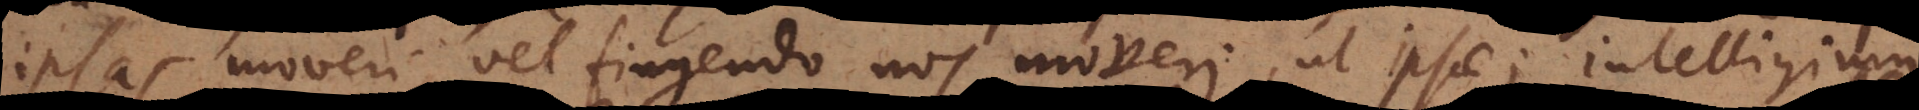
ipsas moveri vel fingendo nos moveri, ut ipsae; intelligimus